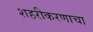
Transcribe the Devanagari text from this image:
शहरीकरणाचा